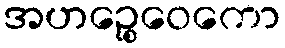
အဟဉ္စေဝေကော